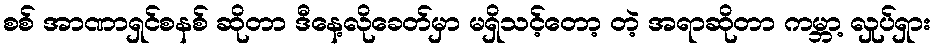
စစ် အာဏာရှင်စနစ် ဆိုတာ ဒီနေ့လိုခေတ်မှာ မရှိသင့်တော့ တဲ့ အရာဆိုတာ ကမ္ဘာ့ လှုပ်ရှား